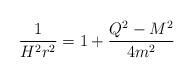
LaTeX: \begin{align*}\frac{1}{H^2r^2}& =1+\frac{Q^2-M^2}{4m^2}\end{align*}